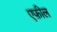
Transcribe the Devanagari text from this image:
एफ़ील